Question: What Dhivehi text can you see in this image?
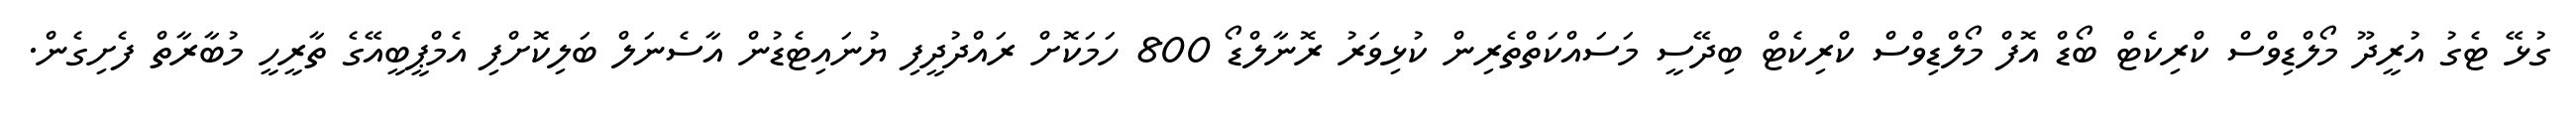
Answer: ގުޅޭ ޓެގު އުރީދޫ މޯލްޑިވްސް ކްރިކެޓް ބޯޑް އޮފް މޯލްޑިވްސް ކްރިކެޓް ބިދޭސީ މަސައްކަތްތެރިން ކުޅިވަރު ރޮނާލްޑޯ 800 ހަމަކޮށް ރައްދުދީފި ޔުނައިޓެޑުން އާސެނަލް ބަލިކޮށްފި އެމްޕީބީއޭގެ ތާރީހީ މުބާރާތް ފެށިގެން.